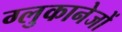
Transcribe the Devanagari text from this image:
ग्लुकानेजों